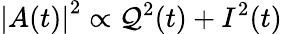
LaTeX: \left|A(t)\right|^{2}\propto\mathcal{Q}^{2}(t)+I^{2}(t)